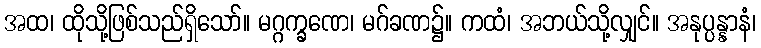
အထ၊ ထိုသို့ဖြစ်သည်ရှိသော်။ မဂ္ဂက္ခဏေ၊ မဂ်ခဏ၌။ ကထံ၊ အဘယ်သို့လျှင်။ အနုပ္ပန္နာနံ၊